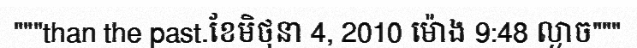
"""than the past.ខែមិថុនា 4, 2010 ម៉ោង 9:48 ល្ងាច"""